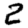
Digit: 2